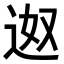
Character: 𮞎